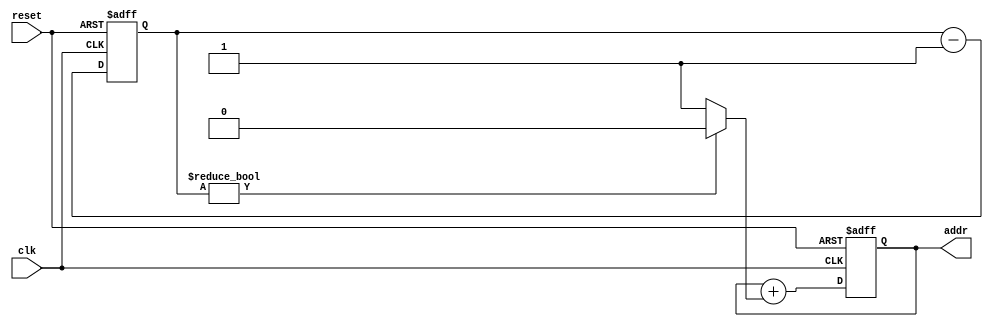
module scroll_time_module(input clk, input reset, output reg [3:0] addr);
    reg [22:0] scroll_counter;
    wire scroll = scroll_counter ? 1'b0 : 1'b1;
    
    //Pointer to memory (Flip-flops).
    always @(posedge clk or posedge reset) begin
        if (reset) begin
            addr <= 4'b0;
        end
        else begin
            addr <= addr + scroll;
        end
    end

    //Counter for when the text must scroll.
    always @(posedge clk or posedge reset) begin
        if (reset) begin
            scroll_counter <= 23'hFFFFFF;
        end
        else begin
            scroll_counter <= scroll_counter - 1'b1;
        end
    end

endmodule